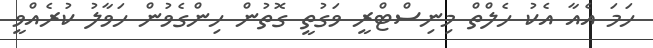
ހަމަ އެއާ އެކު ހެލްތް މިނިސްޓްރީ ވަގުތީ ގޮތުން ހިންގެވުން ހަވާލު ކުރެއްވީ